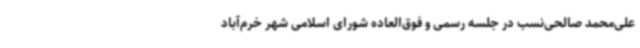
علی‌محمد صالحی‌نسب در جلسه رسمی و فوق‌العاده شورای اسلامی شهر خرم‌آباد